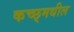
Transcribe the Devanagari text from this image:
कच्छ्मधील